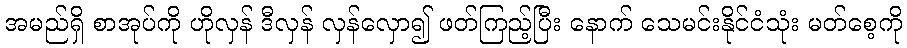
အမည်ရှိ စာအုပ်ကို ဟိုလှန် ဒီလှန် လှန်လှော၍ ဖတ်ကြည့်ပြီး နောက် သေမင်းနိုင်ငံသုံး မတ်စေ့ကို